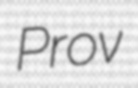
Prov